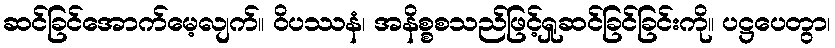
ဆင်ခြင်အောက်မေ့လျက်။ ဝိပဿနံ၊ အနိစ္စစသည်ဖြင့်ရှုဆင်ခြင်ခြင်းကို။ ပဋ္ဌပေတွာ၊